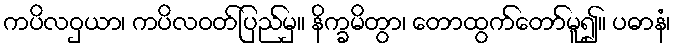
ကပိလဝှယာ၊ ကပိလဝတ်ပြည်မှ။ နိက္ခမိတွာ၊ တောထွက်တော်မူ၍။ ပဓာနံ၊